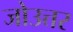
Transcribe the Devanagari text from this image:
जोउत्तर